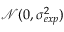
\mathcal { N } ( 0 , \sigma _ { e x p } ^ { 2 } )